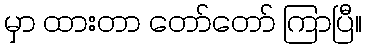
မှာ ထားတာ တော်တော် ကြာပြီ။